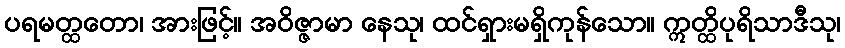
ပရမတ္ထတော၊ အားဖြင့်။ အဝိဇ္ဇာမာ နေသု၊ ထင်ရှားမရှိကုန်သော။ ဣတ္ထိပုရိသာဒီသု၊